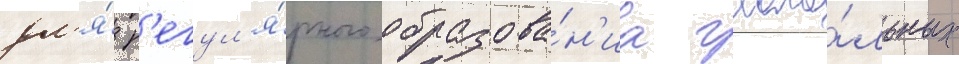
дл'я́ р'егул'я́рного образова́н'иа глаго́льных